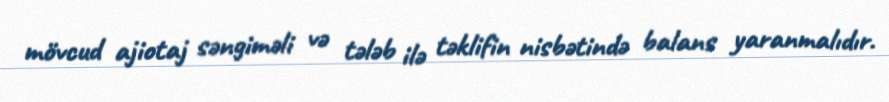
mövcud ajiotaj səngiməli və tələb ilə təklifin nisbətində balans yaranmalıdır.